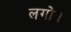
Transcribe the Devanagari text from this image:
लगो।